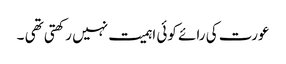
عورت کی رائے کوئی اہمیت نہیں رکھتی تھی ۔